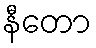
နီတော